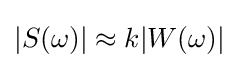
|S(\omega )|\approx k|W(\omega )|